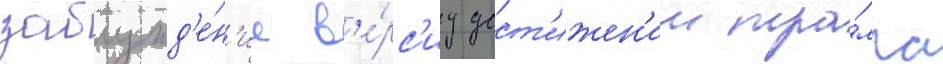
заблужд'е́н'ие в'е́рс'иу дост'ижен'ии тра́мпа